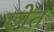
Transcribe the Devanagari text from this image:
छोत